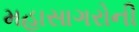
મહાસાગરોની